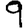
Digit: 9